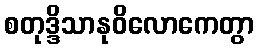
စတုဒ္ဒိသာနုဝိလောကေတွာ